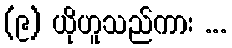
(၉) ယိုဟူသည်ကား ...